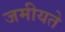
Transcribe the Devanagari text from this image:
जमीयते